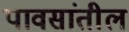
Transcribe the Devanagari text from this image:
पावसांतील